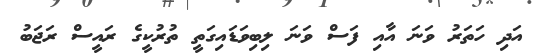
އަދި ހަތަރު ވަނަ އާއި ފަސް ވަނަ ލިބިވަޑައިގަތީ ތުރުކީގެ ރައީސް ރަޖަބު